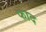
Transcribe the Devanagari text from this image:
फाद